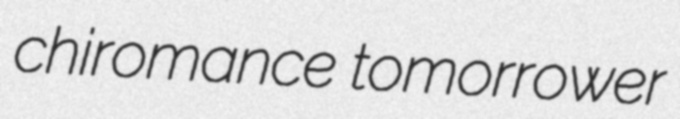
chiromance tomorrower